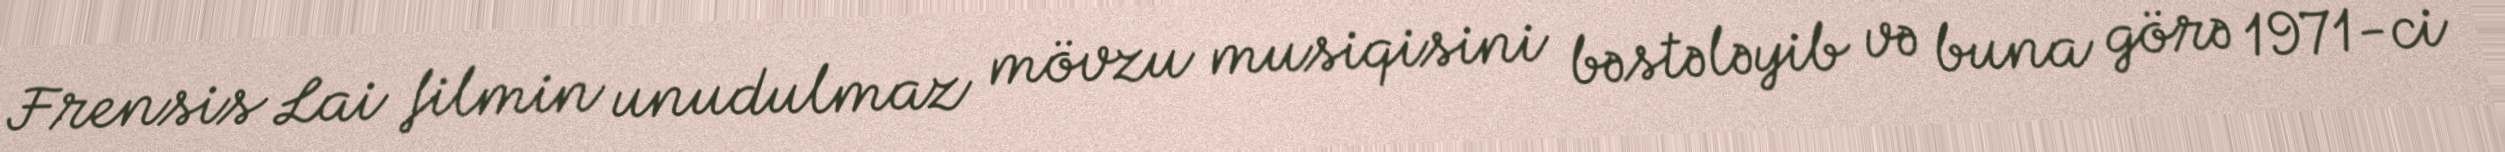
Frensis Lai filmin unudulmaz mövzu musiqisini bəstələyib və buna görə 1971-ci